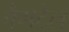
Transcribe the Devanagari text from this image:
वैगटेल